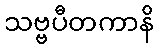
သဗ္ဗပီတကာနိ